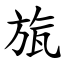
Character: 旊